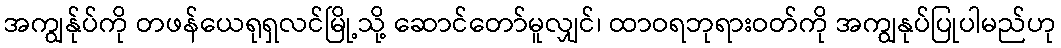
အကျွန်ုပ်ကို တဖန်ယေရုရှလင်မြို့သို့ ဆောင်တော်မူလျှင်၊ ထာဝရဘုရားဝတ်ကို အကျွနုပ်ပြုပါမည်ဟု